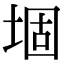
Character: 堌